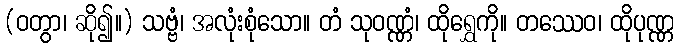
(ဝတွာ၊ ဆို၍။) သဗ္ဗံ၊ အလုံးစုံသော။ တံ သုဝဏ္ဏံ၊ ထိုရွှေကို။ တဿေဝ၊ ထိုပုဏ္ဏ